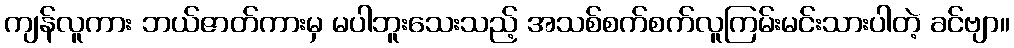
ကျန်လူကား ဘယ်ဇာတ်ကားမှ မပါဘူးသေးသည့် အသစ်စက်စက်လူကြမ်းမင်းသားပါတဲ့ ခင်ဗျာ။